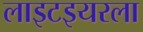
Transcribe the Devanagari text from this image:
लाइटइयरला